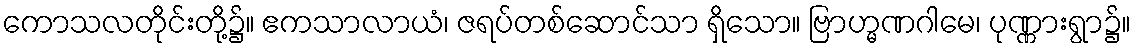
ကောသလတိုင်းတို့၌။ ဧကသာလာယံ၊ ဇရပ်တစ်ဆောင်သာ ရှိသော။ ဗြာဟ္မဏဂါမေ၊ ပုဏ္ဏားရွာ၌။